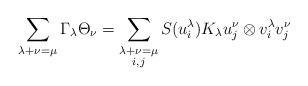
LaTeX: \begin{align*} \sum_{\lambda+\nu=\mu}\Gamma_\lambda\Theta_\nu = \sum_{\substack{\lambda+\nu=\mu\\i,j}}S(u_i^\lambda)K_\lambda u_j^{\nu} \otimes v_i^\lambda v_j^\nu\end{align*}